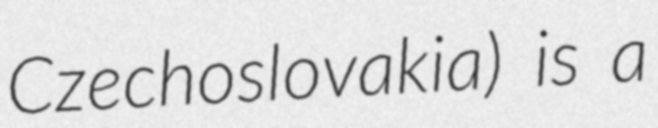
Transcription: Czechoslovakia) is a